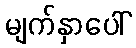
မျက်နှာပေါ်